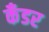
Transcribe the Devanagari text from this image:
कँडर